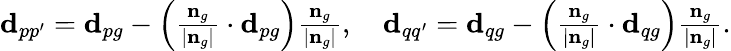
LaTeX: \begin{array}{r}{\mathbf{d}_{pp^{\prime}}=\mathbf{d}_{pg}-\left(\frac{\mathbf{n}_{g}}{|\mathbf{n}_{g}|}\cdot\mathbf{d}_{pg}\right)\frac{\mathbf{n}_{g}}{|\mathbf{n}_{g}|},\quad\mathbf{d}_{qq^{\prime}}=\mathbf{d}_{qg}-\left(\frac{\mathbf{n}_{g}}{|\mathbf{n}_{g}|}\cdot\mathbf{d}_{qg}\right)\frac{\mathbf{n}_{g}}{|\mathbf{n}_{g}|}.}\end{array}